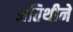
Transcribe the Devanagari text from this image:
अतिथीने